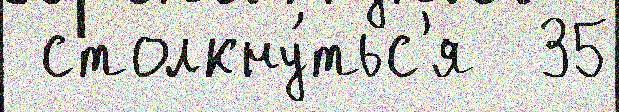
 столкну́тьс'я  35